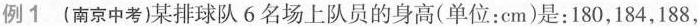
例1 (南京中考)某排球队 6 名场上队员的身高(单位：cm)是：180，184，188，